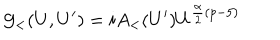
{ \cal G } _ { < } ( U , U ^ { \prime } ) = i A _ { < } ( U ^ { \prime } ) U ^ { \frac { \alpha } { 2 } ( p - 5 ) }